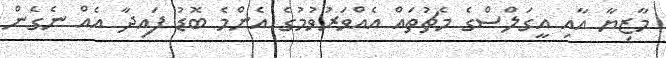
މާޒިޔާ އާއި އީގަލްސްގެ މެޗުތައް އެއްވަރުވުމުގެ އެންމެ ބޮޑު ފައިދާ އެއް ނެގެން